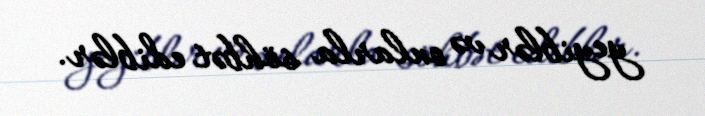
yeyiblər və onlarla söhbət ediblər.